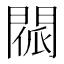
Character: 𨴳